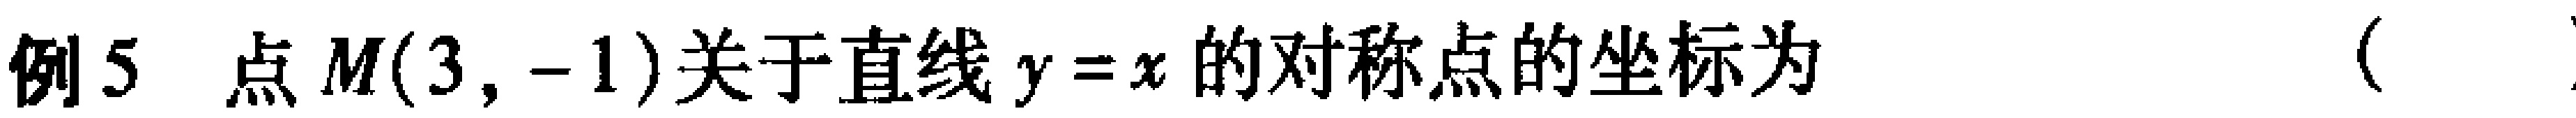
例5 点$M(3, -1)$关于直线$y = x$的对称点的坐标为 （  ）